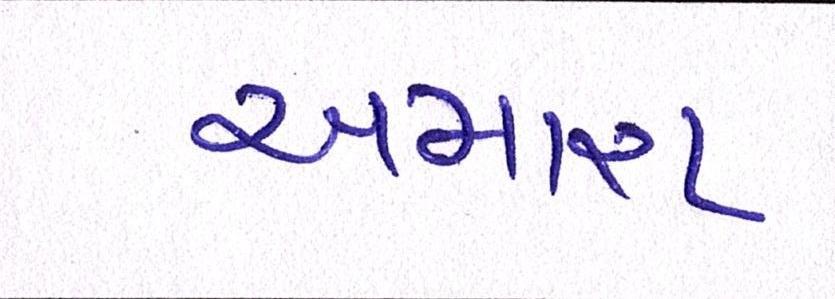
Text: અમારા